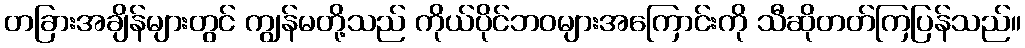
တခြားအချိန်များတွင် ကျွန်မတို့သည် ကိုယ်ပိုင်ဘဝများအကြောင်းကို သီဆိုတတ်ကြပြန်သည်။